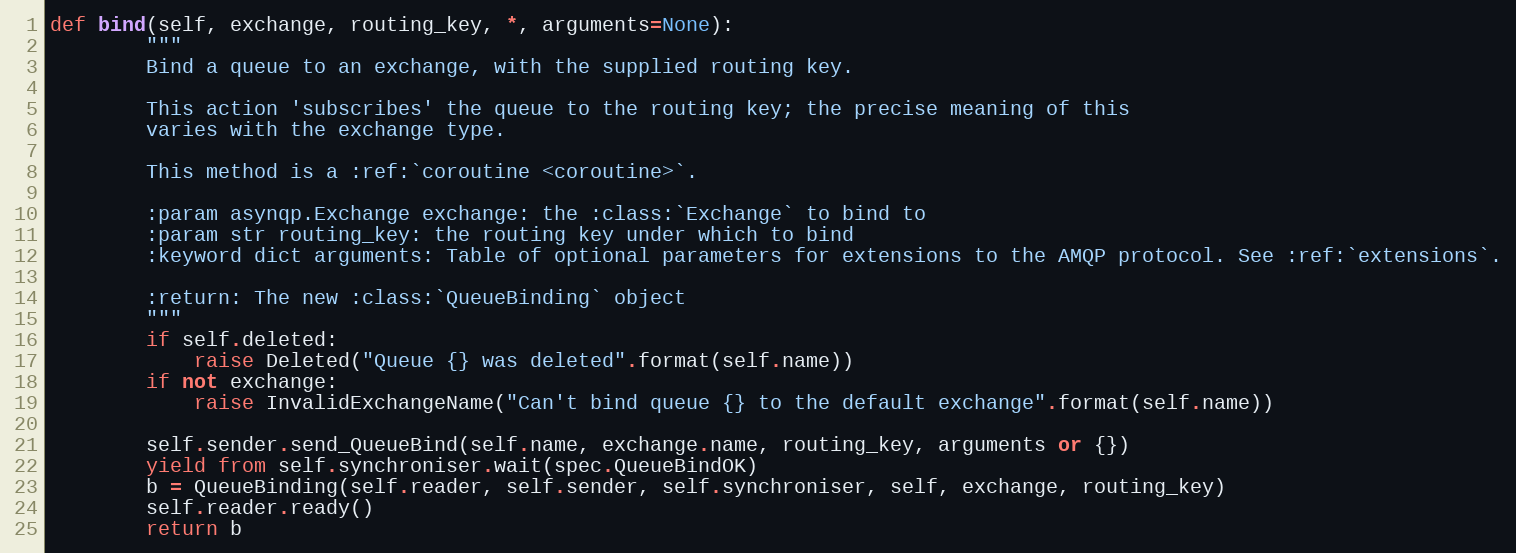
Language: Python
def bind(self, exchange, routing_key, *, arguments=None):
        """
        Bind a queue to an exchange, with the supplied routing key.

        This action 'subscribes' the queue to the routing key; the precise meaning of this
        varies with the exchange type.

        This method is a :ref:`coroutine <coroutine>`.

        :param asynqp.Exchange exchange: the :class:`Exchange` to bind to
        :param str routing_key: the routing key under which to bind
        :keyword dict arguments: Table of optional parameters for extensions to the AMQP protocol. See :ref:`extensions`.

        :return: The new :class:`QueueBinding` object
        """
        if self.deleted:
            raise Deleted("Queue {} was deleted".format(self.name))
        if not exchange:
            raise InvalidExchangeName("Can't bind queue {} to the default exchange".format(self.name))

        self.sender.send_QueueBind(self.name, exchange.name, routing_key, arguments or {})
        yield from self.synchroniser.wait(spec.QueueBindOK)
        b = QueueBinding(self.reader, self.sender, self.synchroniser, self, exchange, routing_key)
        self.reader.ready()
        return b